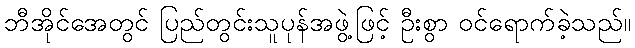
ဘီအိုင်အေတွင် ပြည်တွင်းသူပုန်အဖွဲ့ဖြင့် ဦးစွာ ဝင်ရောက်ခဲ့သည်။